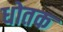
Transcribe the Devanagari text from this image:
धोतक